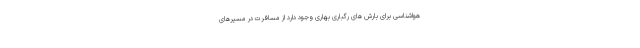
هواشناسی برای بارش های رگباری بهاری وجود دارد از مسافرت در مسیرهای